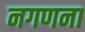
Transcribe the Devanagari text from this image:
नगणना